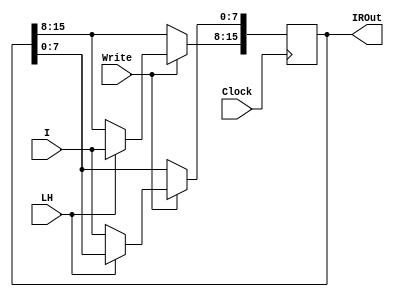
`timescale 1ns / 1ps



module InstructionRegister(
    input wire Clock,          // Clock input
    input wire [7:0] I,        // 8-bit input bus
    input wire LH,             // Selects whether to load lower or higher half
    input wire Write,          // Write enable signal
    output reg [15:0] IROut    // 16-bit Instruction Register Output
);

always @(posedge Clock) begin
    if (Write) begin                                    //If write is 1, then that block will execute.
        case (LH)                                       //Decide the IROut by checking the LH input. If 0, than LSB and if 1, MSB.
            1'b0: IROut[7:0] <= I;
            1'b1: IROut[15:8] <= I;
            default: ;
        endcase

    end
end

endmodule